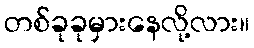
တစ်ခုခုမှားနေလို့လား။